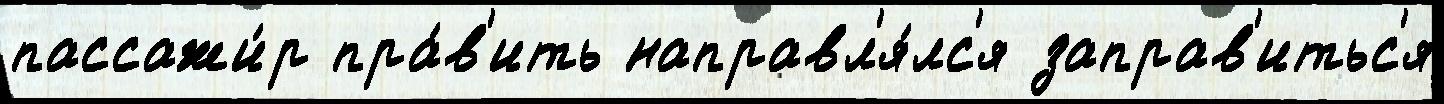
пассажи́р пра́в'ить направл'я́лс'я заправ'итьс'я